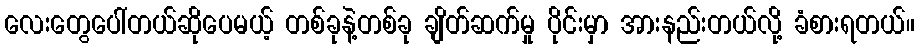
လေးတွေပေါ်တယ်ဆိုပေမယ့် တစ်ခုနဲ့တစ်ခု ချိတ်ဆက်မှု ပိုင်းမှာ အားနည်းတယ်လို့ ခံစားရတယ်။